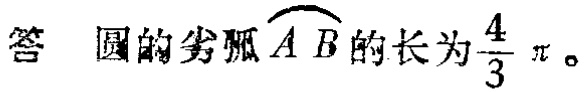
答 圆的劣弧\(\overset{\frown}{AB}\)的长为\(\frac{4}{3}\pi\)。